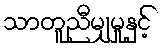
သာတူညီမျှမှုနှင့်